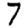
Digit: 7